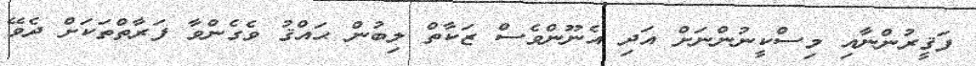
ފަޤީރުންނާއި މިސްކީނުންނަށް އަދި އެނޫންވެސް ޒަކާތް ލިބުން ޙައްޤު ވެގެންވާ ފަރާތްތަކަށް ދެވޭ